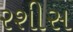
રશીસ